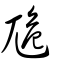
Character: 卼